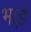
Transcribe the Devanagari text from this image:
भाडे़